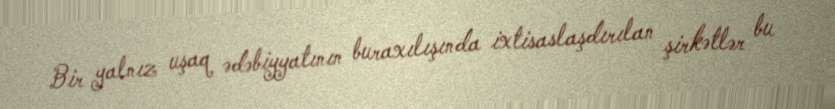
Bir yalnız uşaq ədəbiyyatının buraxılışında ixtisaslaşdırılan şirkətlər bu